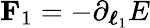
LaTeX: \mathbf{F}_{1}=-\partial_{\boldsymbol{\ell}_{1}}E